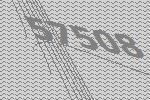
57508